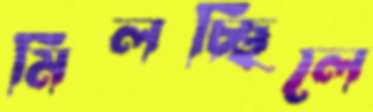
মিলচ্ছিলে